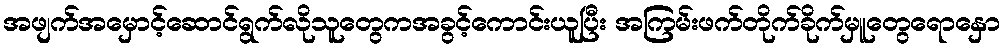
အဖျက်အမှောင့်ဆောင်ရွက်လိုသူတွေကအခွင့်ကောင်းယူပြီး အကြမ်းဖက်တိုက်ခိုက်မှူတွေရောနှော